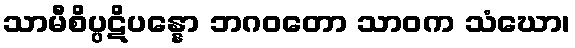
သာမီစိပ္ပဋိပန္နော ဘဂဝတော သာဝက သံဃော၊